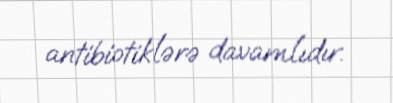
antibiotiklərə davamlıdır.